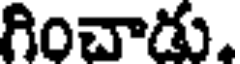
గించాడు.